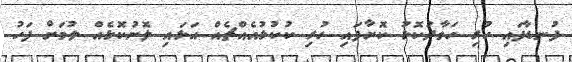
ފުނޑާފައި ހުރި ހަވާދުކޮޅު ކޮށާފައި ހުރި ކުކުޅުއެއްޗެއް އަޅައި ލޮނުކޮޅެއް ލުމަށް ފަހު